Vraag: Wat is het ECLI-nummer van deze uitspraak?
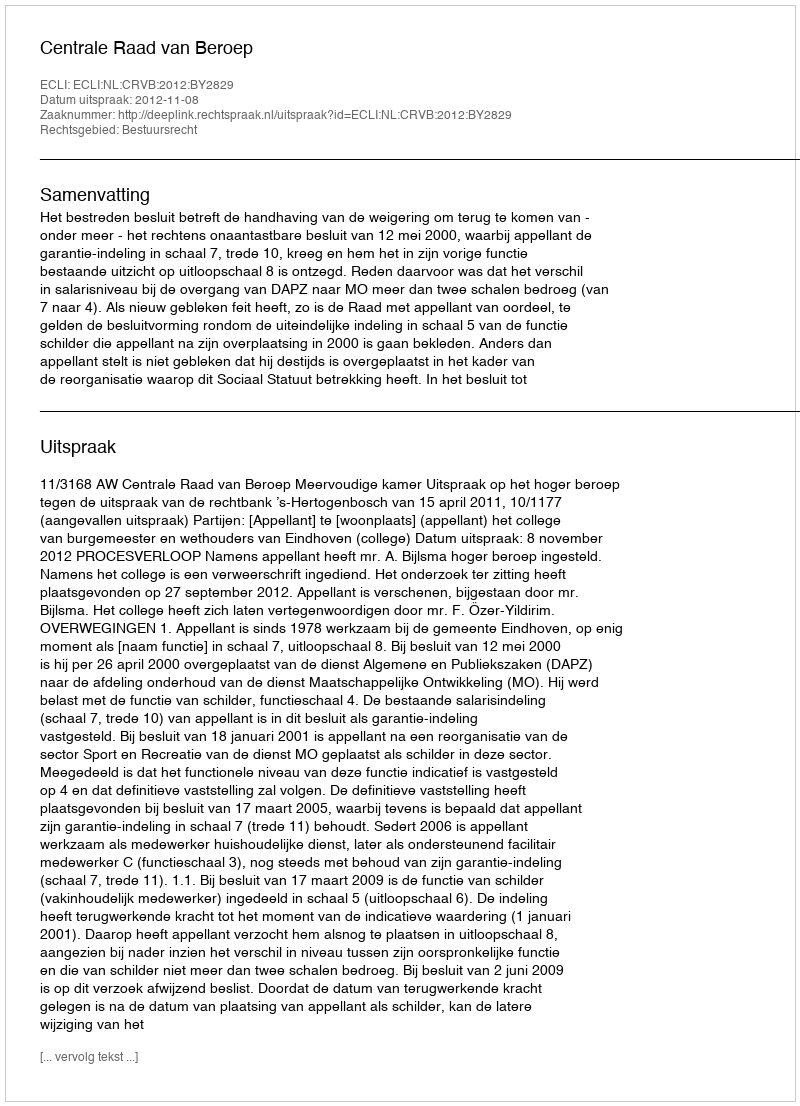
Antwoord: ECLI:NL:CRVB:2012:BY2829